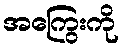
အကြွေးကို